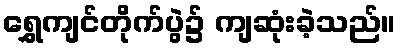
ရွှေကျင်တိုက်ပွဲ၌ ကျဆုံးခဲ့သည်။